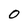
Character: 0